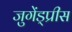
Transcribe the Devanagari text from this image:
जुगेंड्प्रीस